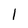
Character: I